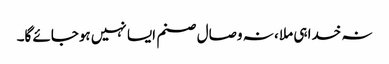
نہ خدا ہی ملا ، نہ وصال صنم ایسا نہیں ہوجائے گا۔